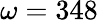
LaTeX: \omega=348